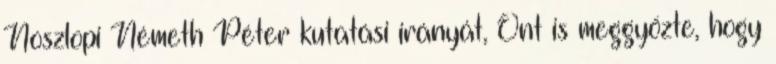
Noszlopi Németh Péter kutatási irányát, Önt is meggyőzte, hogy